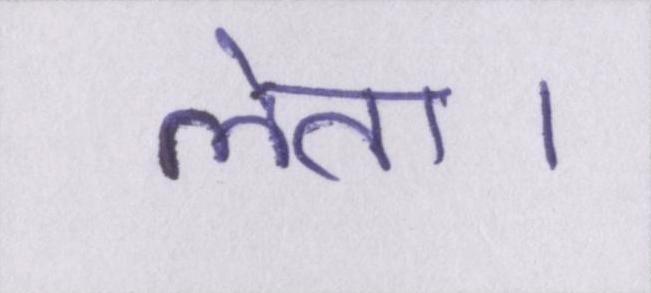
लेता।